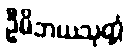
ဦမိဘယသုတ္တံ